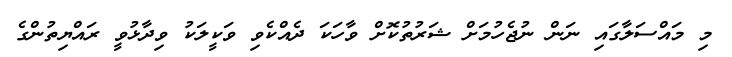
މި މައްސަލާގައި ނަން ނުޖެހުމަށް ޝަރުތުކޮށް ވާހަކަ ދެއްކެވި ވަކީލަކު ވިދާޅުވީ ރައްޔިތުންގެ